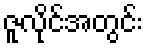
ဇူလိုင်အတွင်း